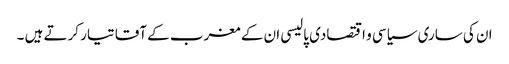
ان کی ساری سیاسی و اقتصادی پالیسی ان کے مغرب کے آقا تیار کرتے ہیں ۔